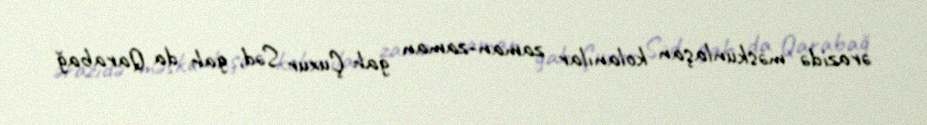
ərazidə məskunlaşan kolanılar zaman-zaman gah Çuxur Səd, gah da Qarabağ